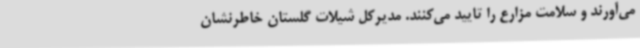
می‌آورند و سلامت مزارع را تایید می‌کنند. مدیرکل شیلات گلستان خاطرنشان